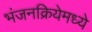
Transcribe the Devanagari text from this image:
भंजनक्रियेमध्ये